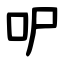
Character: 㕧